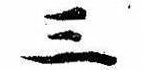
三